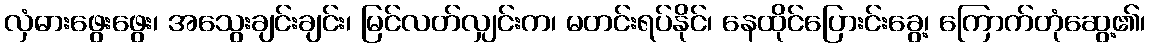
လှံဓားဖွေးဖွေး၊ အသွေးချင်းချင်း၊ မြင်လတ်လျှင်းက၊ မတင်းရပ်နိုင်၊ နေထိုင်ပြေားင်းခွေ့၊ ကြောက်တုံဆွေ့၏၊